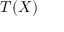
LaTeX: { \boldsymbol { T } } ( X )